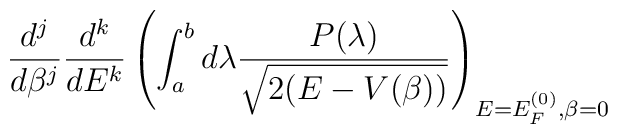
\frac{d^{j}}{d\beta^{j}}\frac{d^{k}}{dE^{k}}\left( \int_{a}^{b} d\lambda \frac{P(\lambda)}{\sqrt{2(E - V(\beta))}} \right)_{E=E_{F}^{(0)},\beta=0}